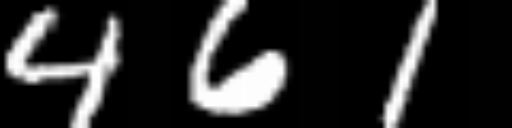
Text: 461